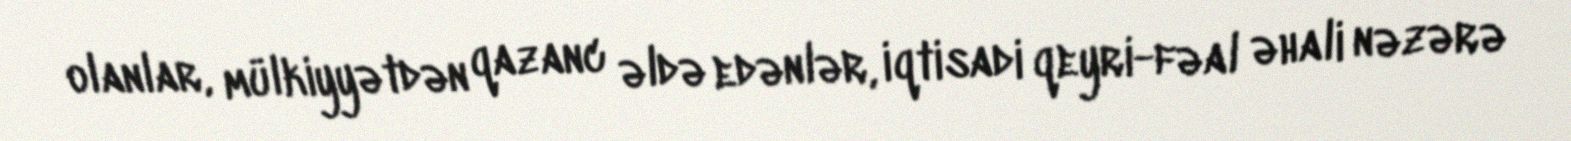
olanlar, mülkiyyətdən qazanc əldə edənlər, iqtisadi qeyri-fəal əhali nəzərə